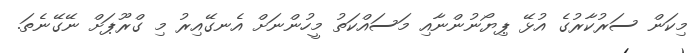
މިކަން ސަރުކާރުގެ އުޅޭ ޕިޔޯނުންނާއި މަސައްކަތު މީހުންނަށް އެނގޭއިރު މި ގްރޫޕަށް ނޭގޭނެތަ.